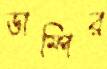
ডাম্পির